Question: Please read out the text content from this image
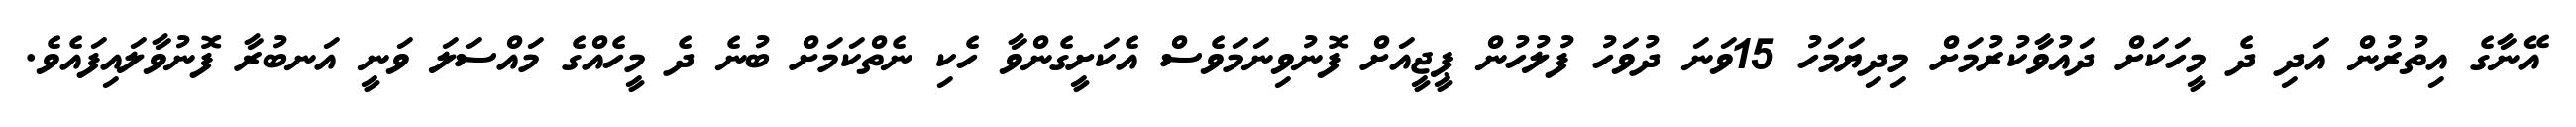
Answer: އޭނާގެ އިތުރުން އަދި ދެ މީހަކަށް ދައުވާކުރުމަށް މިދިޔަމަހު 15ވަނަ ދުވަހު ފުލުހުން ޕީޖީއަށް ފޮނުވިނަމަވެސް އެކަށީގެންވާ ހެކި ނެތްކަމަށް ބުނެ ދެ މީހެއްގެ މައްސަލަ ވަނީ އަނބުރާ ފޮނުވާލައިފައެވެ.